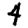
Digit: 4